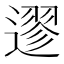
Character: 䢧